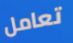
تعامل